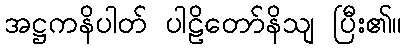
အဋ္ဌကနိပါတ် ပါဠိတော်နိသျ ပြီး၏။